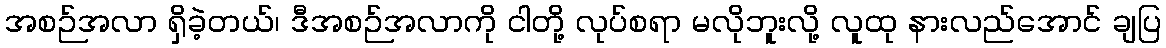
အစဉ်အလာ ရှိခဲ့တယ်၊ ဒီအစဉ်အလာကို ငါတို့ လုပ်စရာ မလိုဘူးလို့ လူထု နားလည်အောင် ချပြ